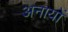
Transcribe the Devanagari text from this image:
अनायों